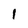
Character: l